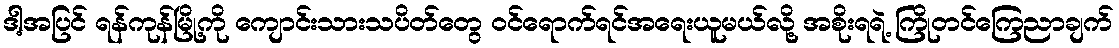
ဒါ့အပြင် ရန်ကုန်မြို့ကို ကျောင်းသားသပိတ်တွေ ဝင်ရောက်ရင်အရေးယူမယ်လို့ အစိုးရရဲ့ ကြိုတင်ကြေညာချက်